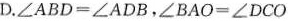
D.$$∠ A B D = ∠ A D B$$，$$∠ B A O = ∠ D C O$$